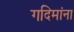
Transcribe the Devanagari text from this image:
गदिमांना